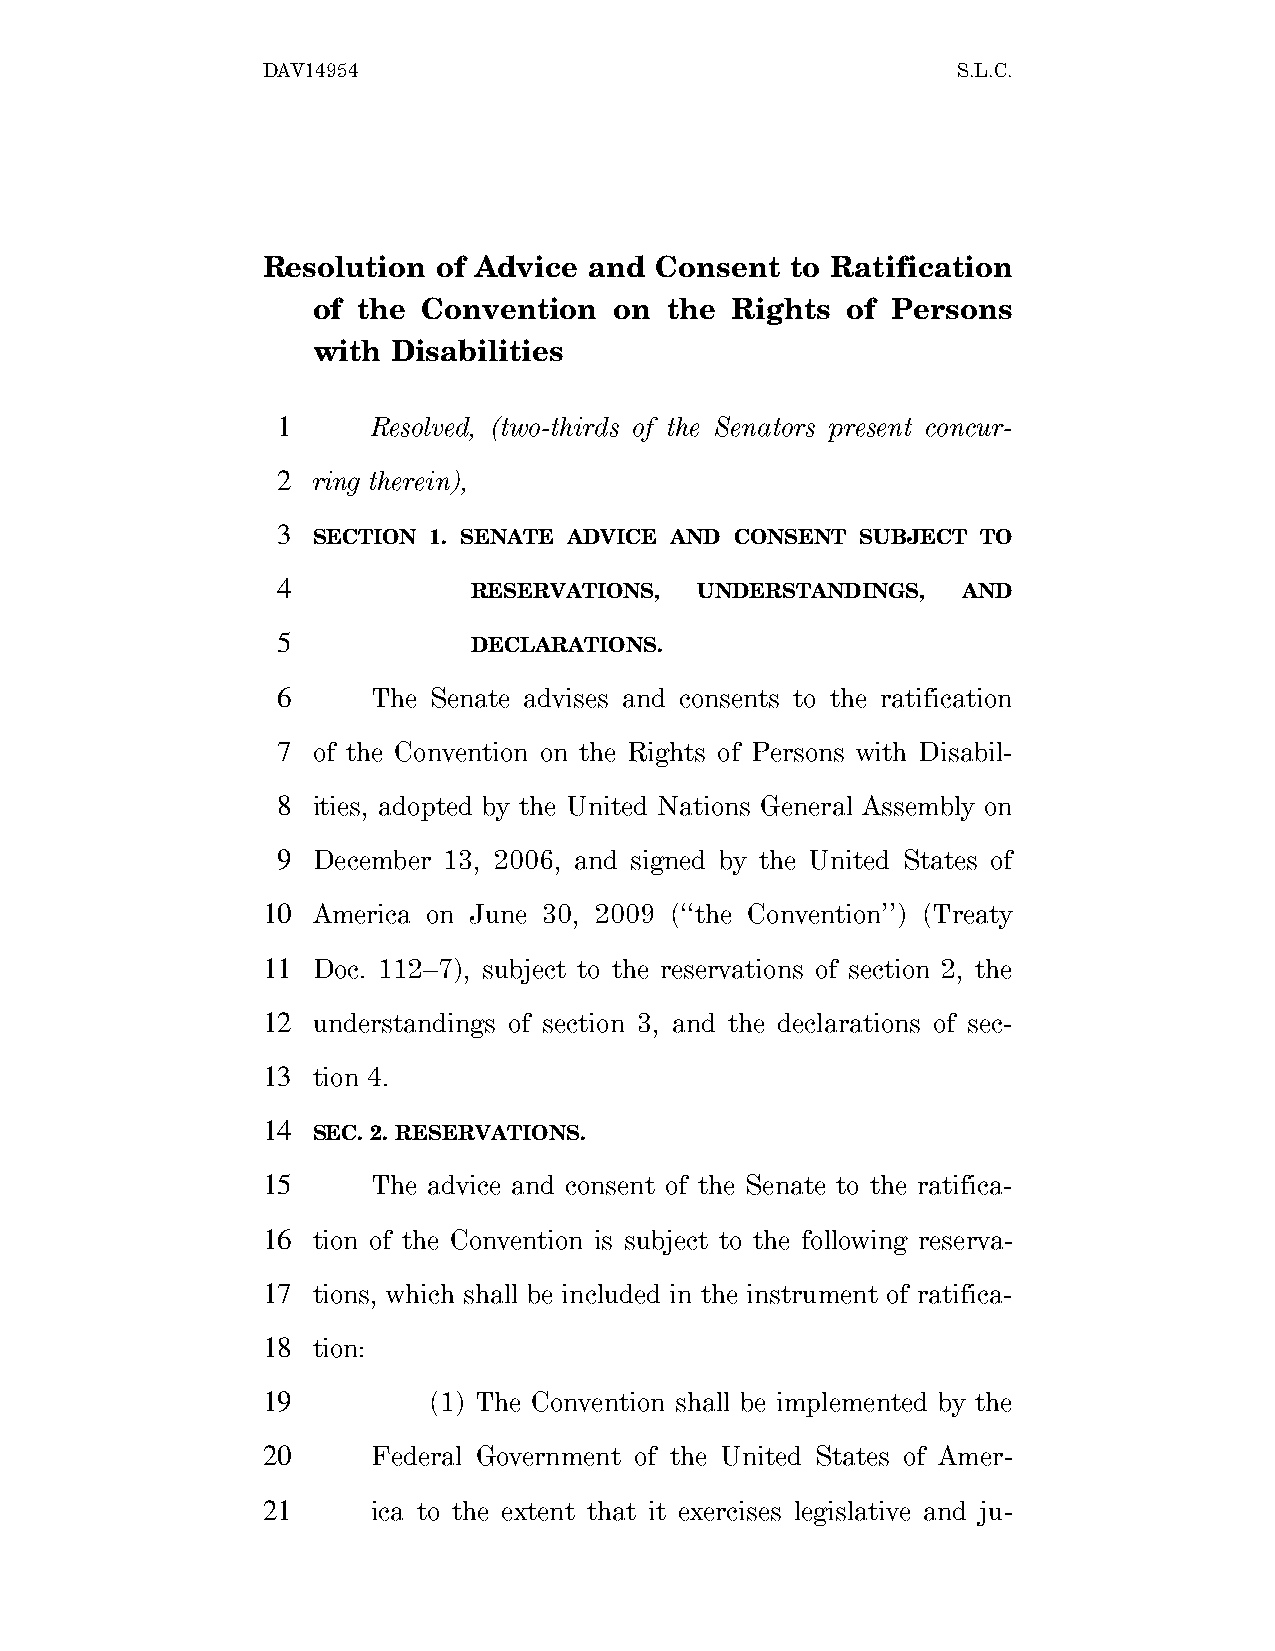
DAV14954                                      S.L.C.
 Resolution  of Advice and Consent  to Ratification
 of the Convention   on the Rights  of Persons
 with Disabilities
 1      Resolved, (two-thirds of the Senators present concur-
 2  ring therein),
 3
 SECTION 1. SENATE ADVICE AND CONSENT SUBJECT TO
 4
 RESERVATIONS,  UNDERSTANDINGS,   AND
 5
 DECLARATIONS.
 6      The Senate advises and consents to the ratification
 7  of the Convention on the Rights of Persons with Disabil-
 8  ities, adopted by the United Nations General Assembly on
 9  December 13, 2006, and signed by the United States of
 10  America on June 30, 2009 (‘‘the Convention’’) (Treaty
 11  Doc. 112–7), subject to the reservations of section 2, the
 12  understandings of section 3, and the declarations of sec-
 13  tion 4.
 14
 SEC. 2. RESERVATIONS.
 15      The advice and consent of the Senate to the ratifica-
 16  tion of the Convention is subject to the following reserva-
 17  tions, which shall be included in the instrument of ratifica-
 18  tion:
 19         (1) The Convention shall be implemented by the
 20      Federal Government of the United States of Amer-
 21      ica to the extent that it exercises legislative and ju-